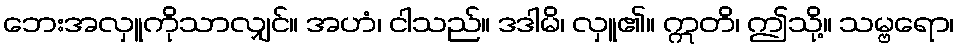
ဘေးအလှူကိုသာလျှင်။ အဟံ၊ ငါသည်။ ဒဒါမိ၊ လှူ၏။ ဣတိ၊ ဤသို့။ သမ္ဗရော၊